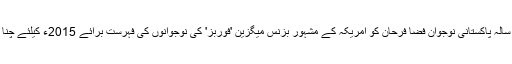
اٹھائیس سالہ پاکستانی نوجوان فضا فرحان کو امریکہ کے مشہور بزنس میگزین 'فوربز' کی نوجوانوں کی فہرست برائے 2015ء کیلئے چنا گیا ہے۔